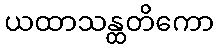
ယထာသန္ထတိကော